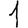
Digit: 1